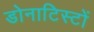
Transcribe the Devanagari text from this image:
डोनाटिस्टों